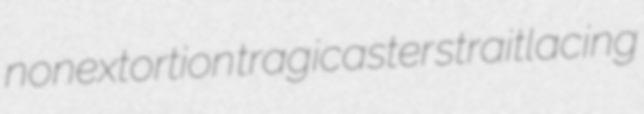
nonextortion tragicaster straitlacing